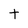
Character: t